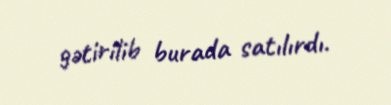
gətirilib burada satılırdı.